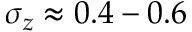
\sigma _ { z } \approx 0 . 4 - 0 . 6